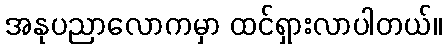
အနုပညာလောကမှာ ထင်ရှားလာပါတယ်။